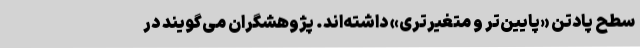
سطح پادتن «پایین‌تر و متغیرتری» داشته‌اند. پژوهشگران می‌گویند در